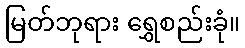
မြတ်ဘုရား ရွှေစည်းခုံ။